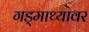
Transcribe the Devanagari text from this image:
गड्माथ्यावर